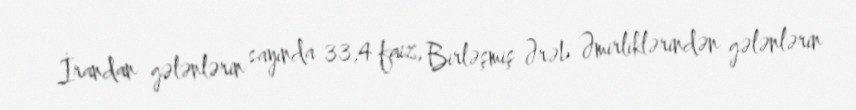
İrandan gələnlərin sayında 33,4 faiz, Birləşmiş Ərəb Əmirliklərindən gələnlərin